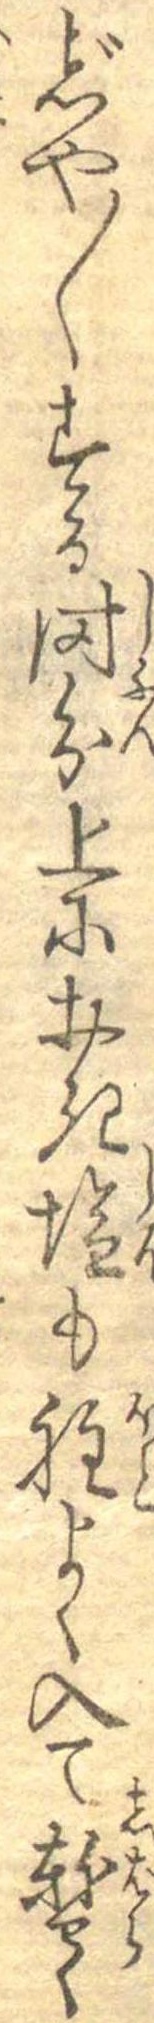
じや〱する時分上におき塩も程よく入て暫く